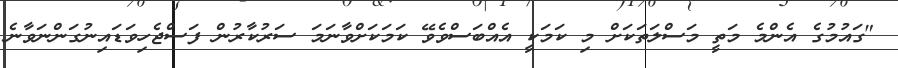
"ގައުމުގެ އެންމެ މަތީ މަސްލަތަކަށް މި ކަމަކީ އެއްބަސްވެވޭ ކަމަކަށްވާނަމަ ސަރުކާރުން ފަސްޖެހިވަޑައިނުގަންނަވާނެ